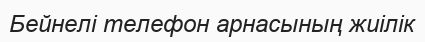
Бейнелі телефон арнасының жиілік